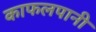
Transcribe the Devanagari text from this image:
काफलपानी